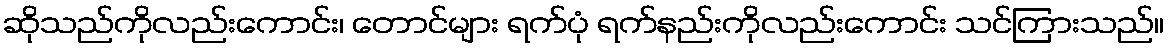
ဆိုသည်ကိုလည်းကောင်း၊ တောင်များ ရက်ပုံ ရက်နည်းကိုလည်းကောင်း သင်ကြားသည်။